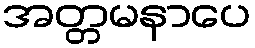
အတ္တမနာပေ